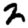
Digit: 2